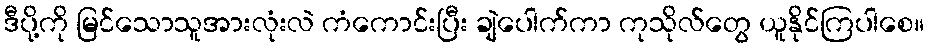
ဒီပို့ကို မြင်သောသူအားလုံးလဲ ကံကောင်းပြီး ချဲပေါက်ကာ ကုသိုလ်တွေ ယူနိုင်ကြပါစေ။